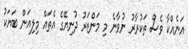
އަނެއްކާ ވެސް ތަކުރާރު ނުވާނެ މި މަންޒަރު ދުނިޔޭގެ އެތައް މިލިއަން ބަޔަކު